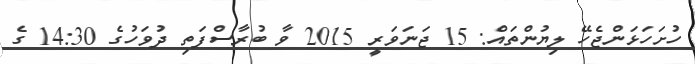
ހުށަހަޅަންޖެހޭ ލިޔުންތައް: 15 ޖަނަވަރީ 2015 ވާ ބުރާސްފަތި ދުވަހުގެ 14:30 ގެ